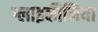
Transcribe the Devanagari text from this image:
ग्लाइकीनिया